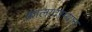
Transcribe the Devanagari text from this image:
कालादरम्यान